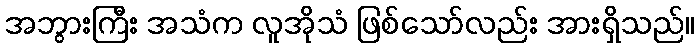
အဘွားကြီး အသံက လူအိုသံ ဖြစ်သော်လည်း အားရှိသည်။